Veterinary regulations India, 1925 -
Year: 1925
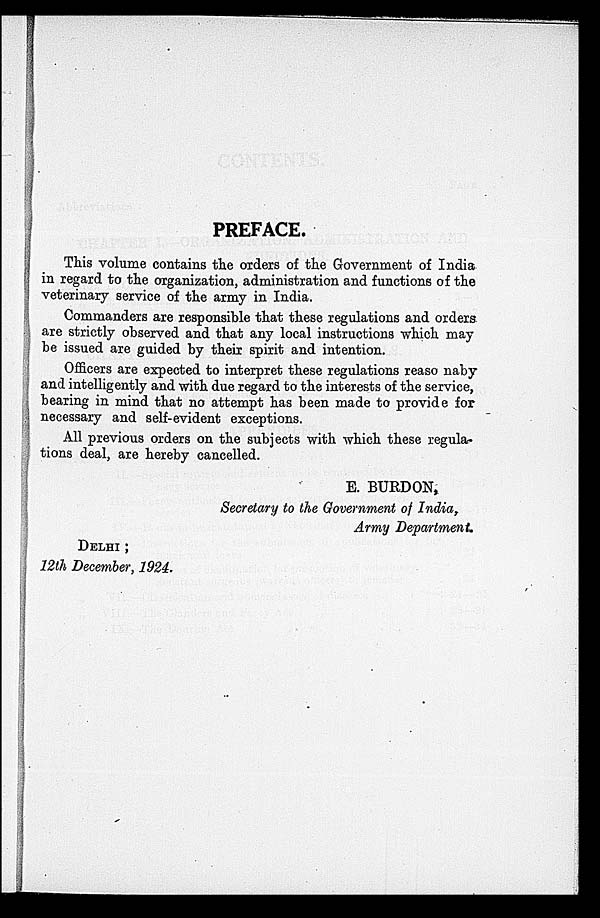
PREFACE.
This volume contains the orders of the Government of India
in regard to the organization, administration and functions of the
veterinary service of the army in India.
Commanders are responsible that these regulations and orders
are strictly observed and that any local instructions which may
be issued are guided by their spirit and intention.
Officers are expected to interpret these regulations reaso naby
and intelligently and with due regard to the interests of the service,
bearing in mind that no attempt has been made to provide for
necessary and self-evident exceptions.
All previous orders on the subjects with which these regula-
tions deal, are hereby cancelled.
E. BURDON,
Secretary to the Government of India,
Army Department
DELHI ;
12th December, 1924.